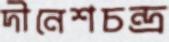
দীনেশচন্দ্র